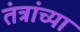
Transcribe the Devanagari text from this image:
तंत्रांच्या